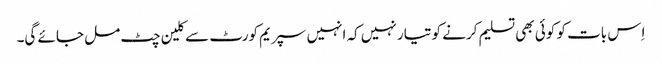
اِس بات کو کوئی بھی تسلیم کرنے کو تیار نہیں کہ انہیں سپریم کورٹ سے کلین چٹ مل جائے گی۔